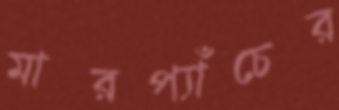
মারপ্যাঁচের